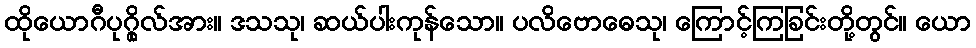
ထိုယောဂီပုဂ္ဂိုလ်အား။ ဒသသု၊ ဆယ်ပါးကုန်သော။ ပလိဗောဓေသု၊ ကြောင့်ကြခြင်းတို့တွင်။ ယော